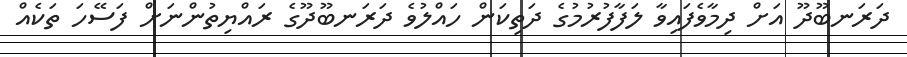
ދަރަނބޫދޫ އަށް ދިމާވެފައިވާ ލަފާފުރުމުގެ ދަތިކަން ހައްލުވެ ދަރަނބޫދޫގެ ރައްޔިތުންނަށް ފަސޭހަ ތަކެއް